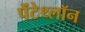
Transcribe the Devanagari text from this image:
पेंटेथ्लॉन